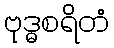
ဗုဒ္ဓစရိတံ